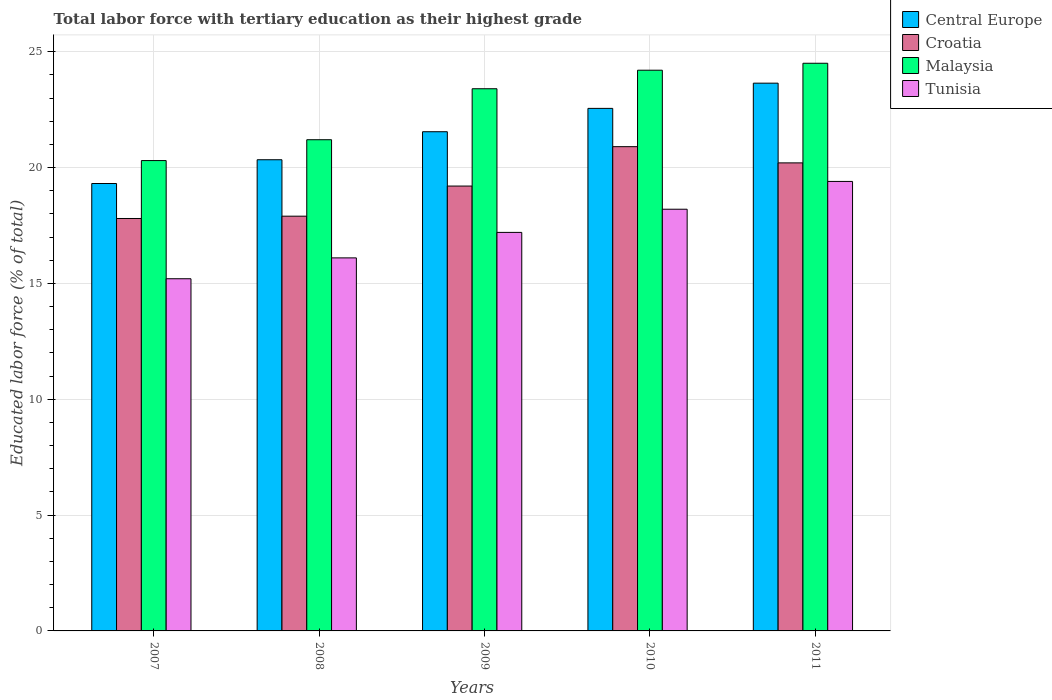
| Years | Central Europe | Croatia | Malaysia | Tunisia |
 | --- | --- | --- | --- | --- |
 | 2007 | 19.3 | 17.8 | 20.3 | 15.2 |
 | 2008 | 20.3 | 17.9 | 21.2 | 16.1 |
 | 2009 | 21.5 | 19.2 | 23.4 | 17.2 |
 | 2010 | 22.6 | 20.9 | 24.2 | 18.2 |
 | 2011 | 23.6 | 20.2 | 24.5 | 19.4 |